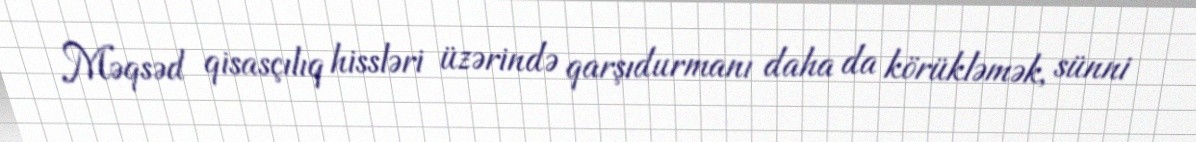
Məqsəd qisasçılıq hissləri üzərində qarşıdurmanı daha da körükləmək, sünni